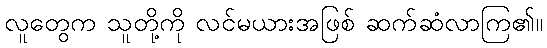
လူတွေက သူတို့ကို လင်မယားအဖြစ် ဆက်ဆံလာကြ၏။